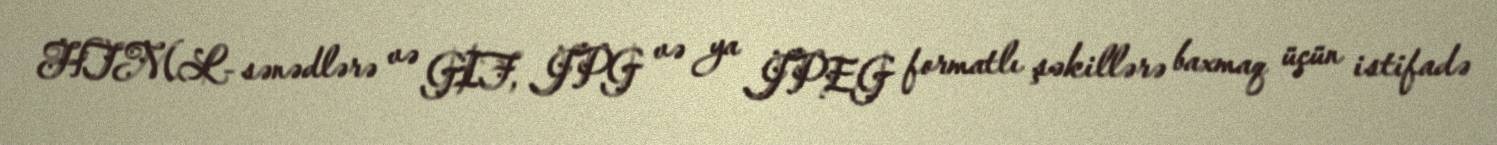
HTML- sənədlərə və GIF, JPG və ya JPEG formatlı şəkillərə baxmaq üçün istifadə